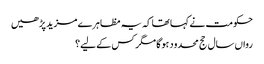
حکومت نے کہا تھا کہ یہ مظاہرے مزید پڑھیں
رواں سال حج محدود ہوگا مگر کس کے لیے؟